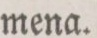
mena.